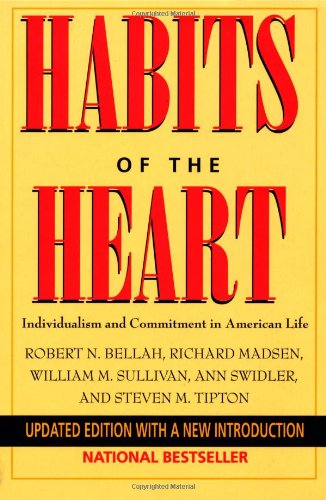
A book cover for Habits of the Heart: Individualism and Commitment in American Life; Robert N. Bellah; Politics & Social Sciences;